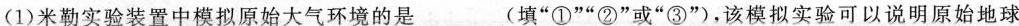
（1）米勒实验装置中模拟原始大气环境的是___(填“①”“②”或“③”)，该模拟实验可以说明原始地球